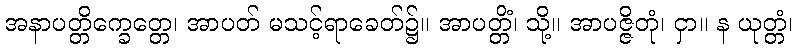
အနာပတ္တိက္ခေတ္တေ၊ အာပတ် မသင့်ရာခေတ်၌။ အာပတ္တိံ၊ သို့။ အာပဇ္ဇိတုံ၊ ငှာ။ န ယုတ္တံ၊